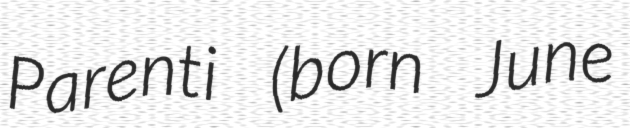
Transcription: Parenti (born June